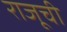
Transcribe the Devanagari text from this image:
राजूची